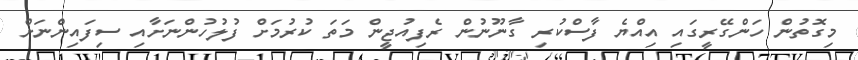
މިގޮތުން ހަންގޭރީގައި އިއްޔެ ފާސްކުރި ގާނޫނުން ރެފިއުޖީން މަތަ ކުރުމަށް ފުލުހުންނަށާއި ސިފައިންނަށް